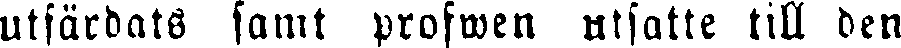
utfärdats samt profwen utsatte till den